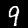
Label: 9